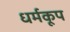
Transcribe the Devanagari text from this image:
धर्मकूप